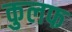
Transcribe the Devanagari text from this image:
कुलफ